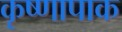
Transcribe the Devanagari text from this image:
कृष्णापाक